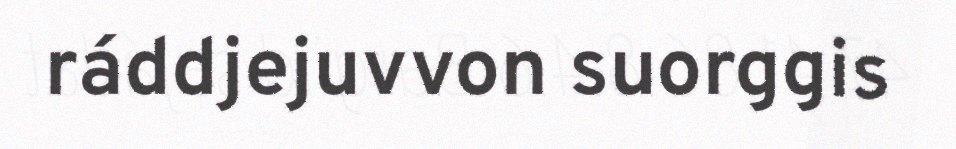
ráddjejuvvon suorggis